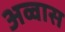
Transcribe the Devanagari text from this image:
अव्वास